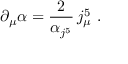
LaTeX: \partial _ { \mu } \alpha = \frac { 2 } { \alpha _ { j ^ { 5 } } } \, j _ { \mu } ^ { 5 } \ .